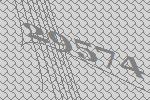
29574